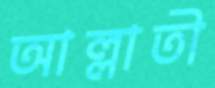
আল্লাতী